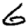
Digit: 6